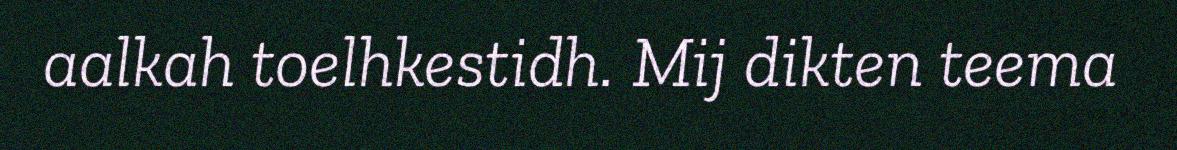
aalkah toelhkestidh. Mij dikten teema